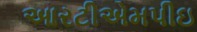
આરટીએમપીઇ